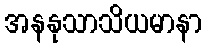
အနနုသာသိယမာနာ